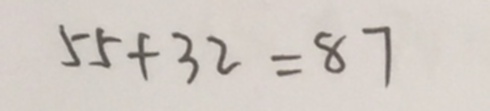
5 5 + 3 2 = 8 7